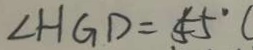
\angle H G D = 5 5 ^ { \circ } C